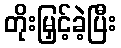
တိုးမြှင့်ခဲ့ပြီး